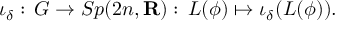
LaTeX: \iota _ { \delta } : \, G \to S p ( 2 n , { \bf R } ) : \, L ( \phi ) \mapsto \iota _ { \delta } ( L ( \phi ) ) .